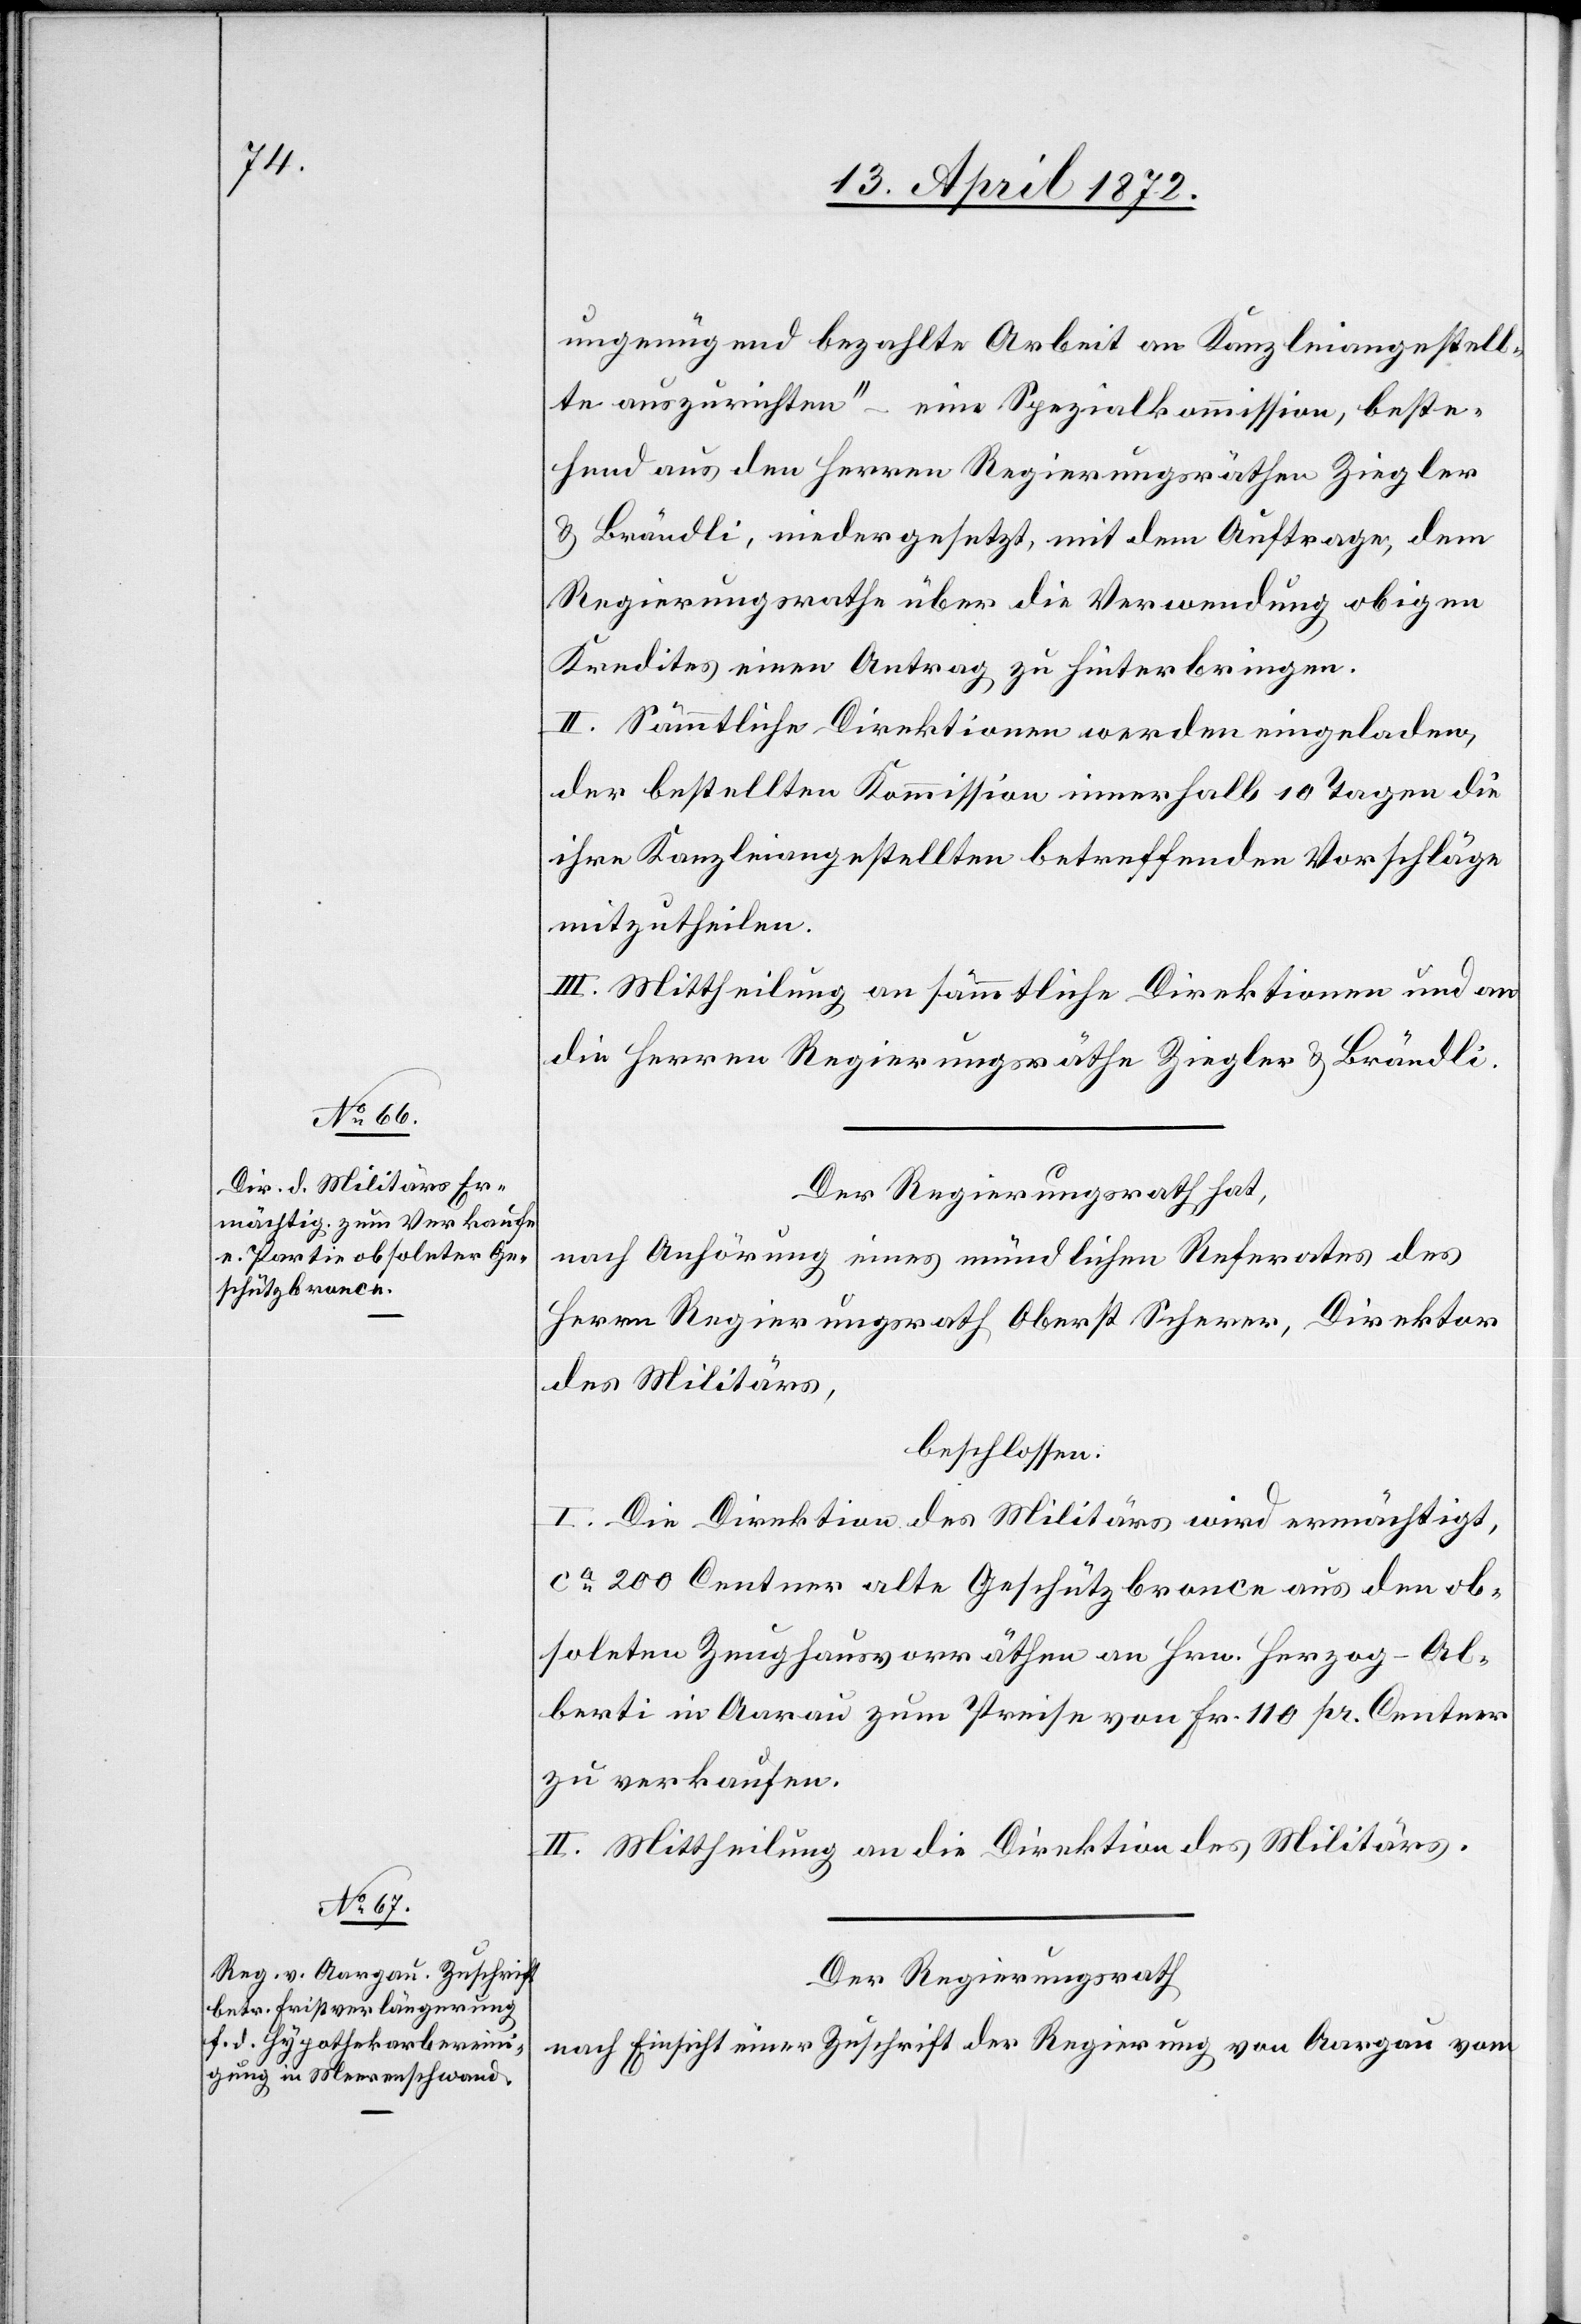
ungenügend bezahlte Arbeit an Kanzleiangestell¬
te auszurichten“ – eine Spezialkommission, beste¬
hend aus den Herren Regierungsräthen Ziegler
u. Brändli, niedergesetzt, mit dem Auftrage, dem
Regierungsrathe über die Verwendung obigen
Kredites einen Antrag zu hinterbringen.
II. Sämmtliche Direktionen werden eingeladen,
der bestellten Kommission innerhalb 10 Tagen die
ihre Kanzleiangestellten betreffenden Vorschläge
mitzutheilen.
III. Mittheilung an sämmtliche Direktionen und an
die Herren Regierungsräthe Ziegler u. Brändli.
Der Regierungsrath hat,
nach Anhörung eines mündlichen Referates des
Herrn Regierungsrath Oberst Scherer, Direktion
des Militärs,
beschlossen:
I. Die Direktion des Militärs wird ermächtigt,
ca 200 Centner alte Geschützbronce aus den ob¬
soleten Zeughausvorräthen an Hrn. Herzog-Al¬
berti in Aarau zum Preise von Fr. 110 pr. Centner
zu verkaufen.
II. Mittheilung an die Direktion des Militärs.
Der Regierungsrath
nach Einsicht einer Zuschrift der Regierung von Aargau vom